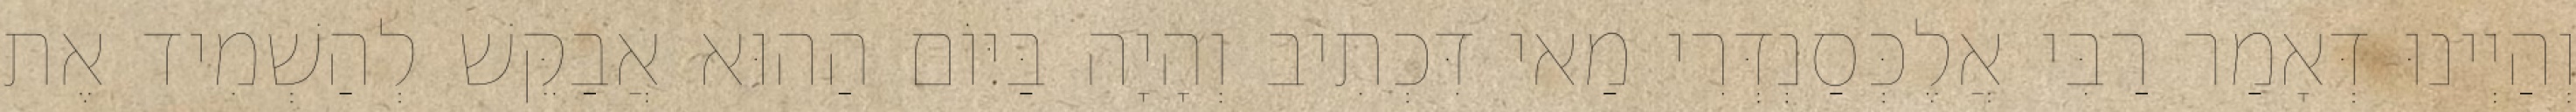
וְהַיְינוּ דְּאָמַר רַבִּי אֲלֶכְּסַנְדְּרִי מַאי דִּכְתִיב וְהָיָה בַּיּוֹם הַהוּא אֲבַקֵּשׁ לְהַשְׁמִיד אֶת